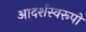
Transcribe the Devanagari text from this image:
आदर्शस्वरूपों